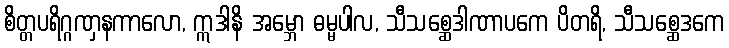
စိတ္တပရိဂ္ဂဏှနကာလော, ဣဒါနိ အမ္ဘော ဓမ္မပါလ, သီသစ္ဆေဒါဏာပကေ ပိတရိ, သီသစ္ဆေဒကေ